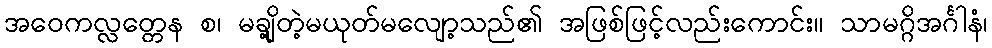
အဝေကလ္လတ္တေန စ၊ မချို့တဲ့မယုတ်မလျော့သည်၏ အဖြစ်ဖြင့်လည်းကောင်း။ သာမဂ္ဂိအင်္ဂါနံ၊